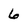
Character: 6